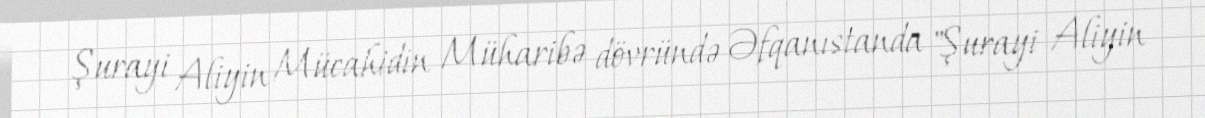
Şurayi Aliyin Mücahidin Müharibə dövründə Əfqanıstanda "Şurayi Aliyin